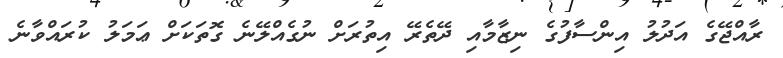
ރާއްޖޭގެ އަދުލު އިންސާފުގެ ނިޒާމާއި ދޭތެރޭ އިތުރަށް ނުގެއްލޭނެ ގޮތަކަށް ޢަމަލު ކުރައްވާނެ